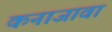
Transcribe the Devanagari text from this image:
कनाजावा